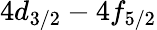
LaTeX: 4d_{3/2}-4f_{5/2}